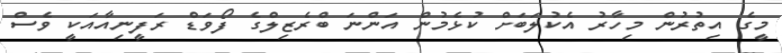
މީގެ އިތުރުން މިހާރު އެކުލަބަށް ކުޅެމުން އަންނަ ބްރެޒިލްގެ ފޯވަޑް ރަފީނިއާއަކީ ވެސް